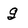
Character: g